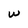
Character: W